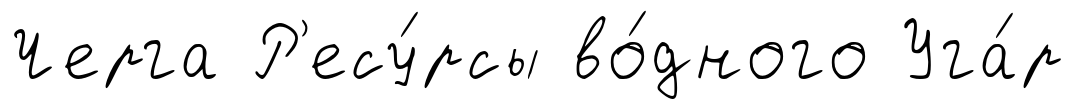
Черга Р'есу́рсы во́дного Уга́р